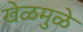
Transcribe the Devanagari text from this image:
खेळमुळे